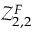
\mathcal { Z } _ { 2 , 2 } ^ { F }